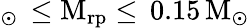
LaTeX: _{\odot}\, \leq\mathrm{M_{r\mathrm{p}}\leq\, 0.15\, \mathrm{M_{\odot}}}